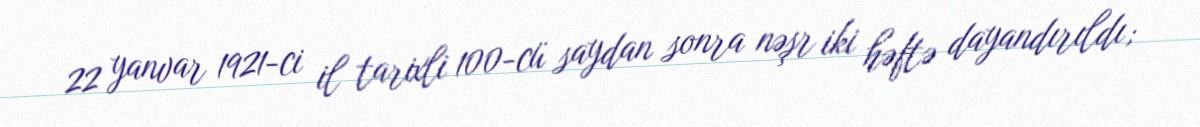
22 yanvar 1921-ci il tarixli 100-cü saydan sonra nəşr iki həftə dayandırıldı;